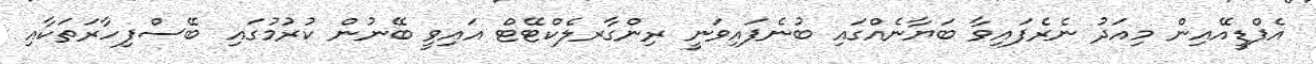
އެފްޑީއޭއިން މިއަދު ނެރެފައިވާ ބަޔާނެއްގައި ބުނެފައިވަނީ ރިންގާރލެކްޓޭޓް އައިވީ ބޭނުން ކުރުމުގައި ބޭސްފިހާރަތަކާއި